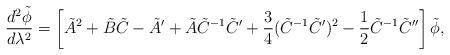
LaTeX: \begin{align*}\frac{d^{2}\tilde{\phi}}{d\lambda^2}=\left[\tilde{A}^{2}+\tilde{B}\tilde{C}-\tilde{A}'+\tilde{A}\tilde{C}^{-1}\tilde{C}'+\frac{3}{4}(\tilde{C}^{-1}\tilde{C}')^{2}-\frac{1}{2}\tilde{C}^{-1}\tilde{C}''\right]\tilde{\phi},\end{align*}